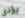
يؤدى